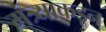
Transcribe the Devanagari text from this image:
मंत्र्याकडून